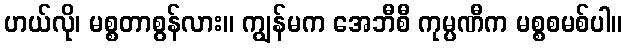
ဟယ်လို၊ မစ္စတာစွန်လား။ ကျွန်မက အေဘီစီ ကုမ္ပဏီက မစ္စစမစ်ပါ။